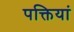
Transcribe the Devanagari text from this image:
पक्तियां